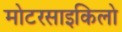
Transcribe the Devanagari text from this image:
मोटरसाइकिलो